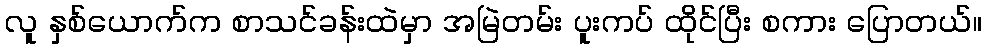
လူ နှစ်ယောက်က စာသင်ခန်းထဲမှာ အမြဲတမ်း ပူးကပ် ထိုင်ပြီး စကား ပြောတယ်။